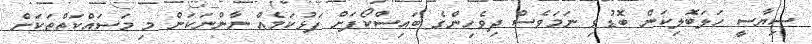
ސިޔާސީ ހަލަބޮލިކަން ބޮޑުވި ނަމަވެސް ދިވެހިންގެ ބައިސްކޯފަށް ފަޅުކަމެއް ނާންނަކަން މި މަސައްކަތްތަކަށް